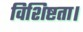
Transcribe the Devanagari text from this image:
विशिष्टता।